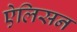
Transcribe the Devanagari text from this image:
ऐलिसन